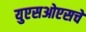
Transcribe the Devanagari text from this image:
युएसओएसचे